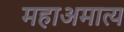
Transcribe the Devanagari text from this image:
महाअमात्य